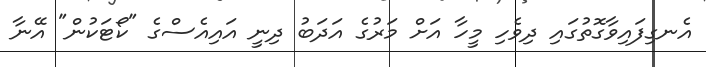
އެނގިފައިވާގޮތުގައި ދިވެހި މީހާ އަށް މަރުގެ އަދަބު ދިނީ އައިއެސްގެ "ކޯޓަކުން" އޭނާ